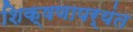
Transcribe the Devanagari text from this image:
शिक्षणापर्यंत